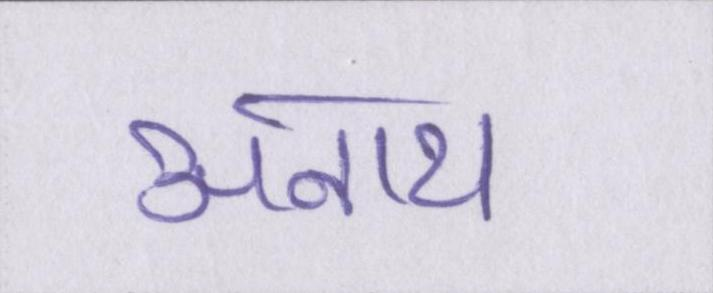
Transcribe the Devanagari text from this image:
अनाथ